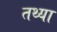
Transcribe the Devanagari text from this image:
तथ्या